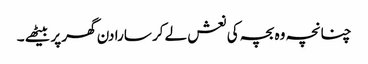
چنانچہ وہ بچہ کی نعش لے کر سارا دن گھر پر بیٹھے ۔